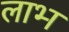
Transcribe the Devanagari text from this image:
लाभ्‍ा